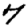
Digit: 7